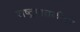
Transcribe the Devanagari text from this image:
राष्ट्रपातळीवर